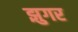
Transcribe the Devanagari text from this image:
झुगर